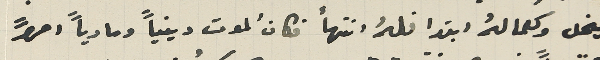
ينحل وكعمالهُ ابتدا فلهُ انتهأ فكان الموت دينياً ومادياً امراً